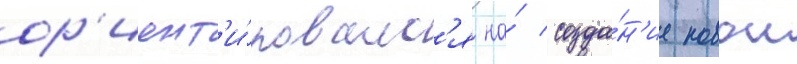
ор'иент'и́ровалс'я на́ созда́н'ие новои